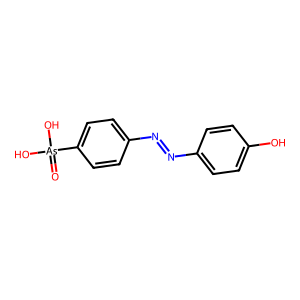
SMILES: O=[As](O)(O)c1ccc(N=Nc2ccc(O)cc2)cc1
Inhibits HIV replication: No